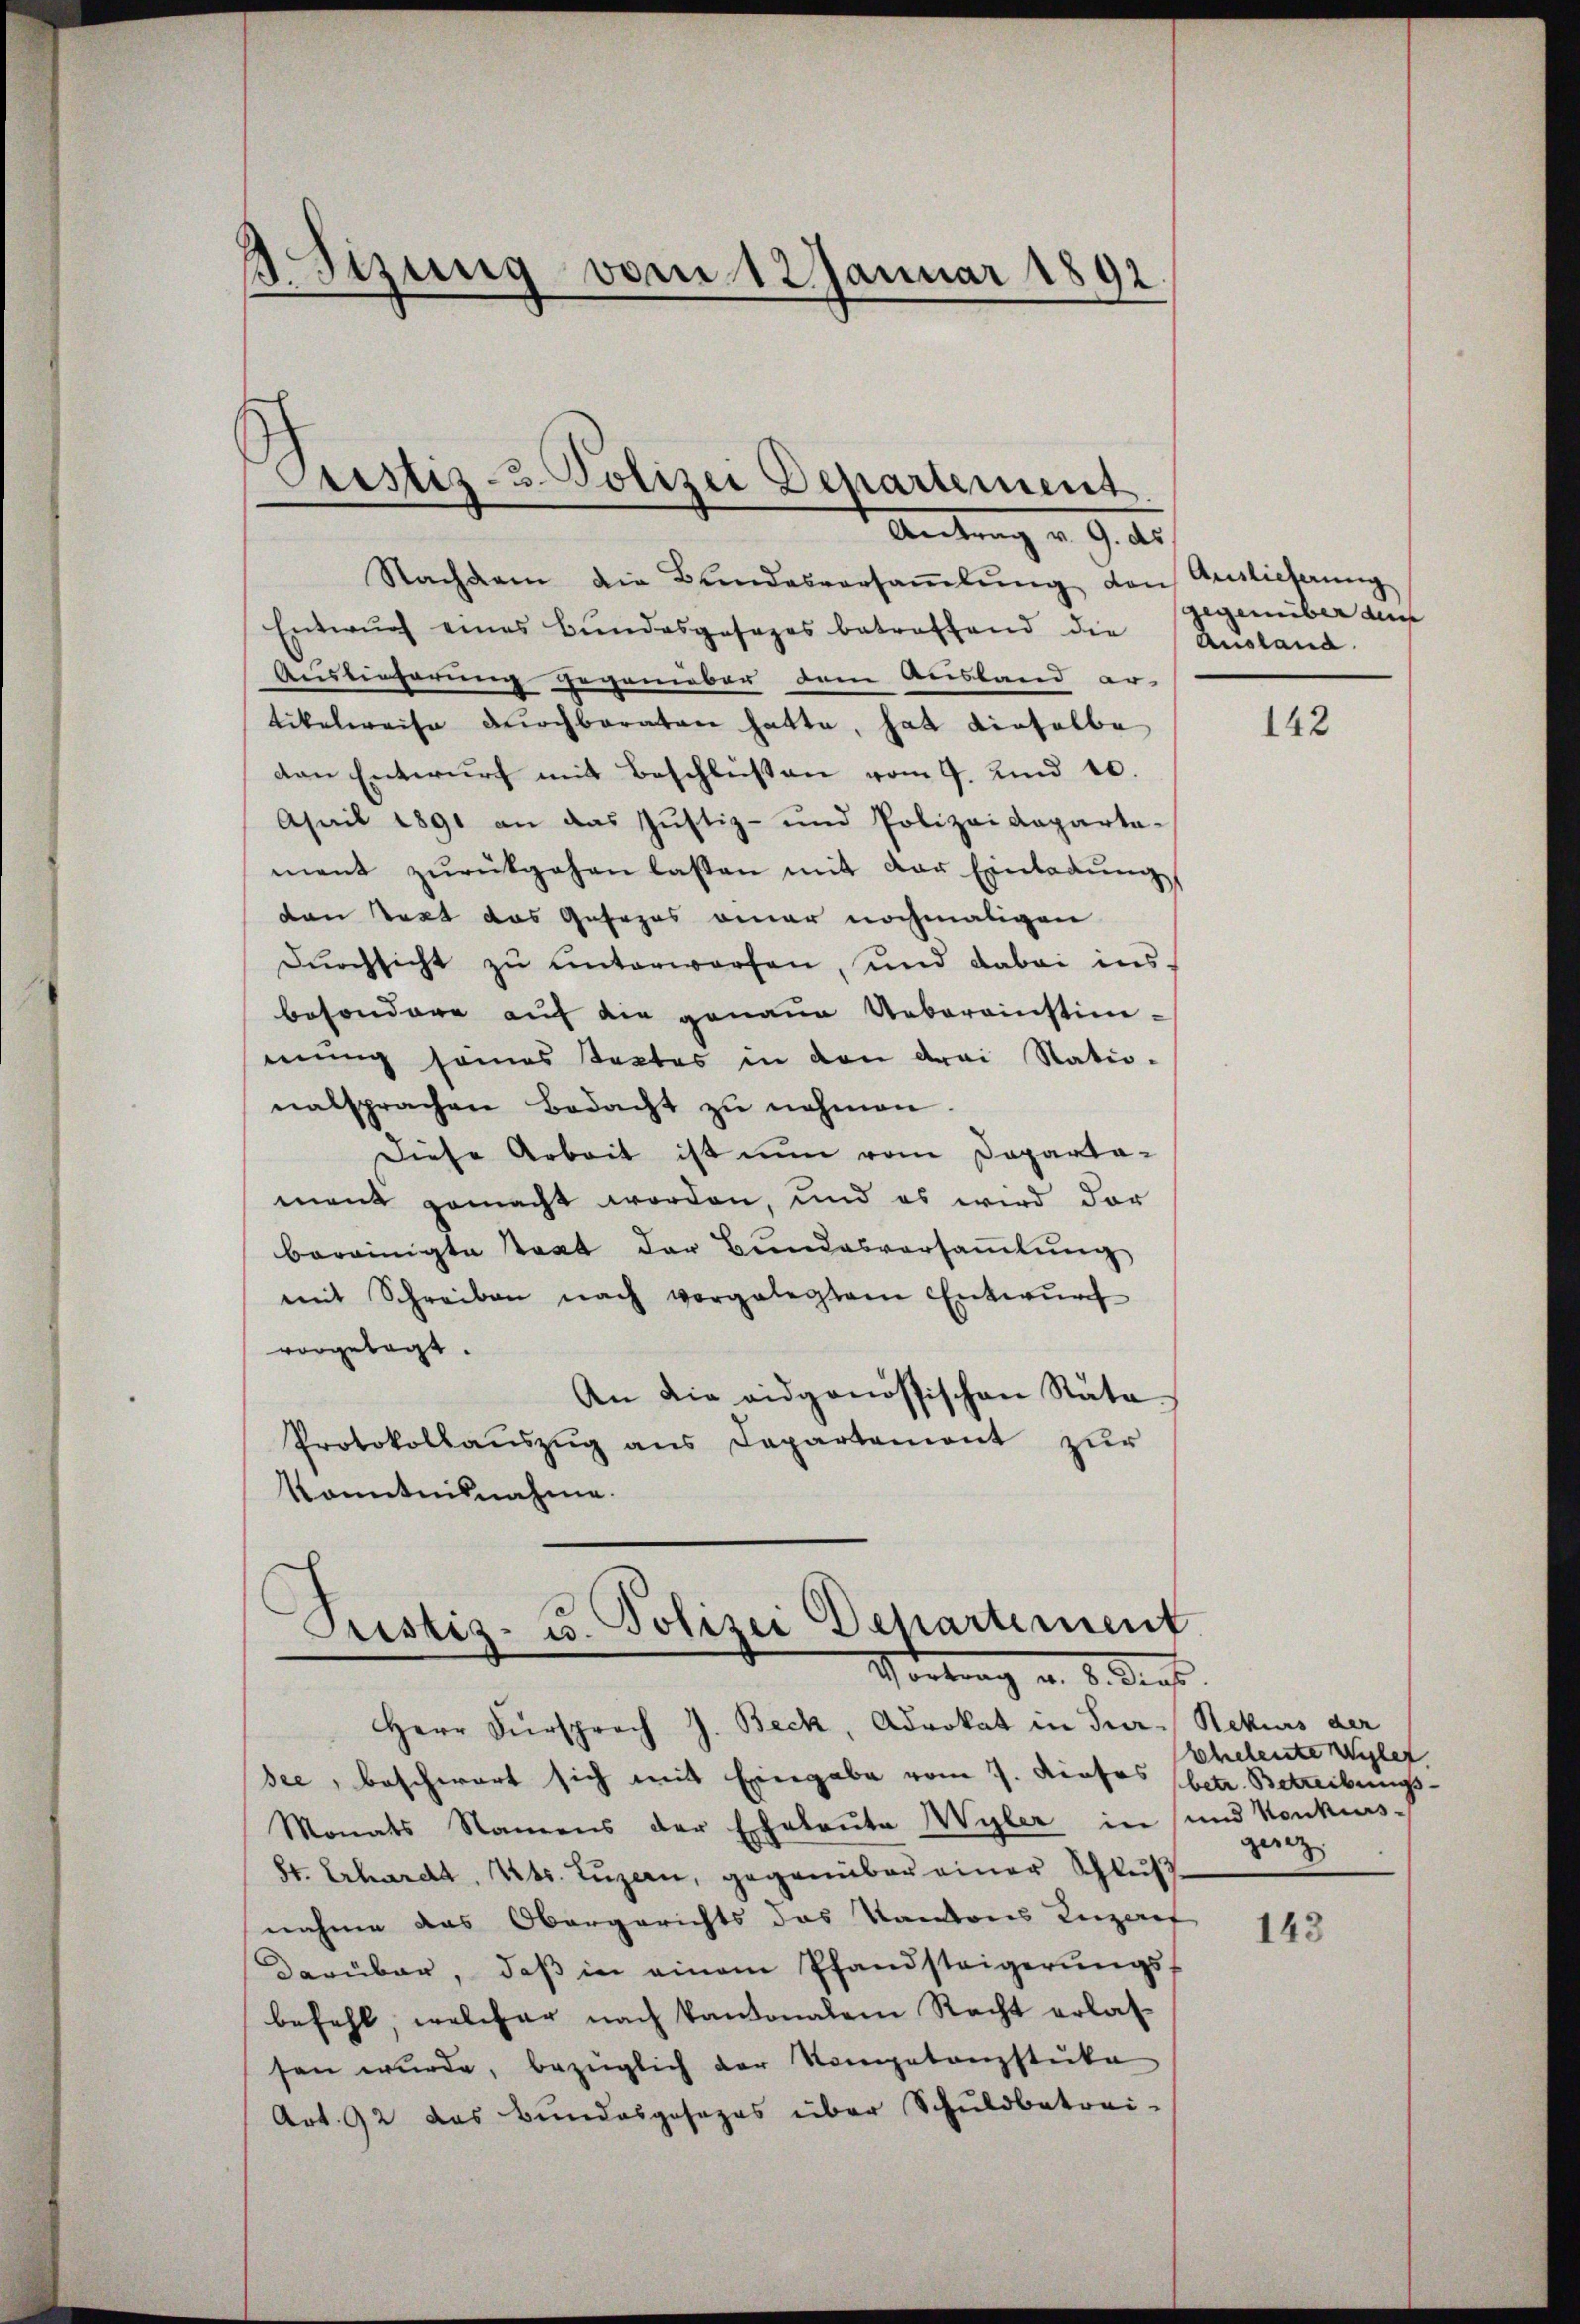
.
Sizung vom 12 Januar 1892.

Antrag v. 9. d.
Nachdem die Bundesversaṁlŭng von Auslieferung
Entwŭrf eines Bŭndesgesezes betreffend die
Auslieferung gegenüber dem Ausland er-
tikelweise durchboraten hatte, hat dieselbe
den Entwurf mit Beschlüssen vom 4. Kind 10.
Asail 1891 an das Justiz- und Polizeideparta-
mant zŭrückgehen lassen mit der Einladŭng
den takt das Gesezes einer nochmaligen
Dŭrchsicht zu unterworfen, und dabei insbesondere auf die genaue Uebereinstim-
mung seines Textes in den drei Natio-
natsprachen Bedacht zŭ nehmen.
Diese Arbeit ist nun vom Departa-
ment gemacht worden, und es wird der
bereinigte Staat der Bundesversaṁlŭng
mit Schreiben nach vorgelegtem Entwŭrf
vorgetagt.
An die eidgenössischen Rata
Protokollaŭszŭg ans Capartement zŭr
konntensnahme.
Pristiz- u. Polizei Dehartement
Hortung d. 2. Ders
Herr Fürsprach J. Beck, Advokat in Jur. Rekurs der
dee, beschwert sich mit Eingabe vom 7. Diosos (betr. Betreibungs-
Monats Namens der Eheleute Wyler in und Konkurs¬
St. Erhardt, Kts. Lŭzern, gegenüber einer Schluß
nahme das Obergerichts das Kantons Luzeret
Darüber, daβ in einem Pfandsteigerŭngs-
befehl, welcher nach kantonalein Recht erlas-
sen wurde, bezüglich der Kompetanzstüke
Art. 92 das Bundesgesezes über Schuldbetrei-

Prestiz- & Polizei Departement

gegenüber den
Ausland.

142

shelenteilet
gerz

143